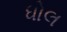
ધોલ